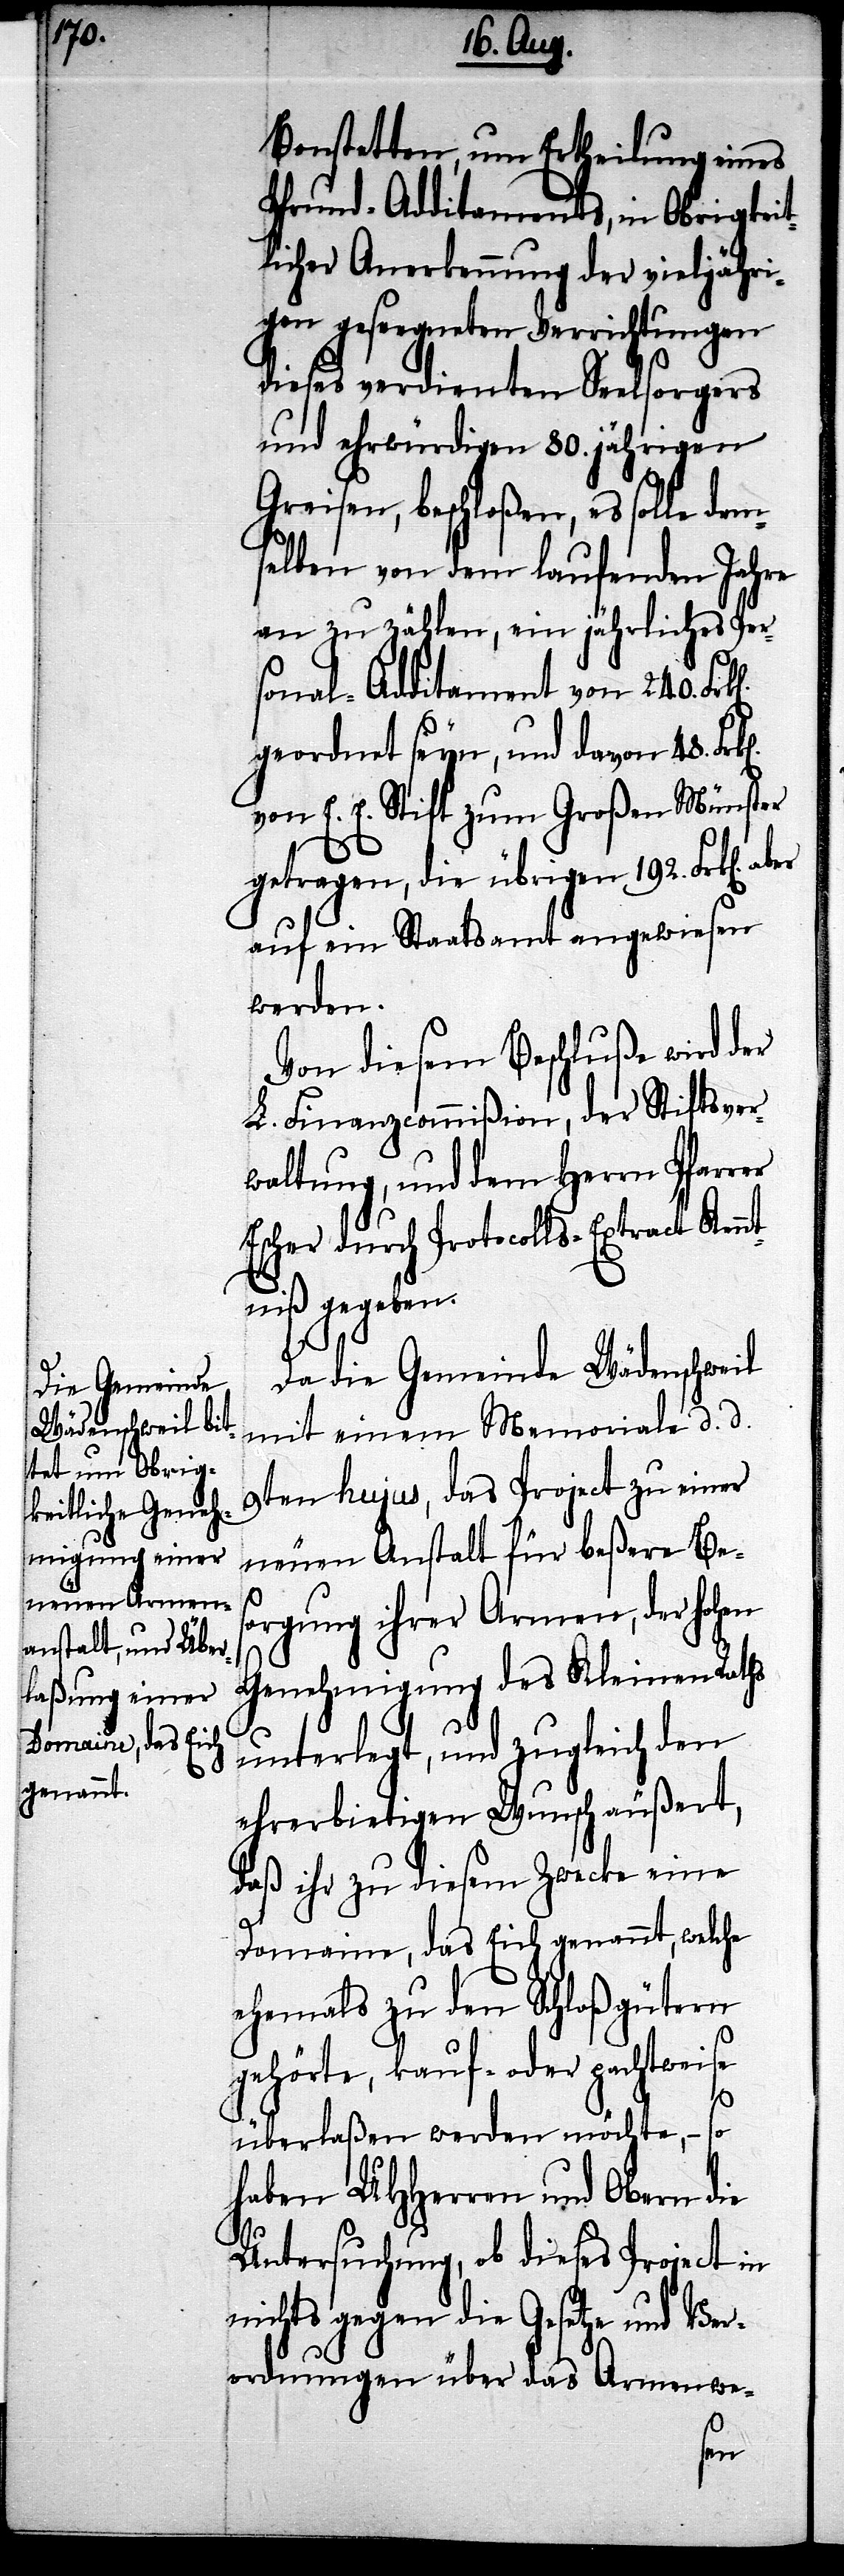
Bonstetten, um Ertheilung eines
Pfrund-Additaments, in Obrigkeit¬
licher Anerkennung der vieljähri¬
gen geseegneten Verrichtungen
dieses verdienten Seelsorgers
und ehrwürdigen 80. jährigen
Greisen, beschloßen, es solle dem¬
selben von dem laufenden Jahre
an zu zählen, ein jährliches Per¬
sonal-Additament von 240.
geordnet seyn, und davon 48.
von E. E. Stift zum Großen Münster
getragen, die übrigen 192. Frk[en].
auf ein Staatsamt angewiesen
werden.
Von diesem Beschluße wird der
L. Finanzcommißion, der Stiftsver¬
waltung, und dem Herrn Pfarrer
Escher durch Protocolls-Extract Kenn¬
tniß gegeben.
Da die Gemeinde Wädenschweil
mit einem Memoriale d. d.
9ten hujus, das Project zu einer
neuen Anstalt für beßere Be¬
sorgung ihrer Armen, der hohen
Genehmigung des Kleinen Raths
unterlegt, und zugleich den
ehrerbietigen Wunsch äußert,
daß ihr zu diesem Zwecke eine
Domaine, das Eich genannt, welche
ehemals zu den Schloßgütern
gehörte, lauf- oder pachtweise
überlaßen werden möchte, – so
haben UHHerren und Obern die
Untersuchung, ob dieses Project in
nichts gegen die Gesetze und Ver¬
ordnungen über das Armenwe-